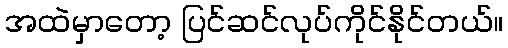
အထဲမှာတော့ ပြင်ဆင်လုပ်ကိုင်နိုင်တယ်။